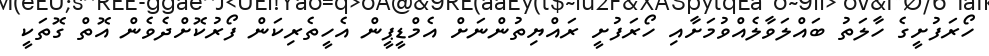
ހޯރަފުށީގެ ހާލަތު ބައްލަވާލެއްވުމަށާއި ހޯރަފުށީ ރައްޔިތުންނަށް އެމްޑީޕީން އެހީތެރިކަން ފޯރުކޮށްދެވެން އޮތް ގޮތަކީ